画像に写った文字を読んでください
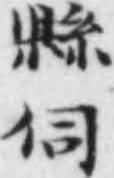
「縣伺」と書いてあります